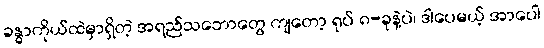
ခန္ဓာကိုယ်ထဲမှာရှိတဲ့ အရည်သဘောတွေ ကျတော့ ရုပ် ၈-ခုနဲ့ပဲ၊ ဒါပေမယ့် အာပေါ